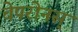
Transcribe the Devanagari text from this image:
चेपरोनस्